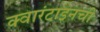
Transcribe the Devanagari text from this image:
क्वारंटाइनची